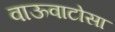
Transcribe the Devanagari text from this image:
वाऊवाटोसा